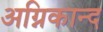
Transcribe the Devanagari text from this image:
अग्निकान्द